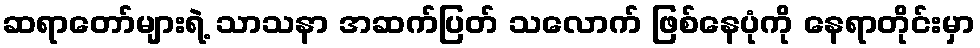
ဆရာတော်များရဲ့ သာသနာ အဆက်ပြတ် သလောက် ဖြစ်နေပုံကို နေရာတိုင်းမှာ